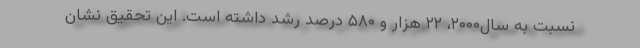
نسبت به سال۲۰۰۰، ۲۲ هزار و ۵۸۰ درصد رشد داشته است. اين تحقيق نشان